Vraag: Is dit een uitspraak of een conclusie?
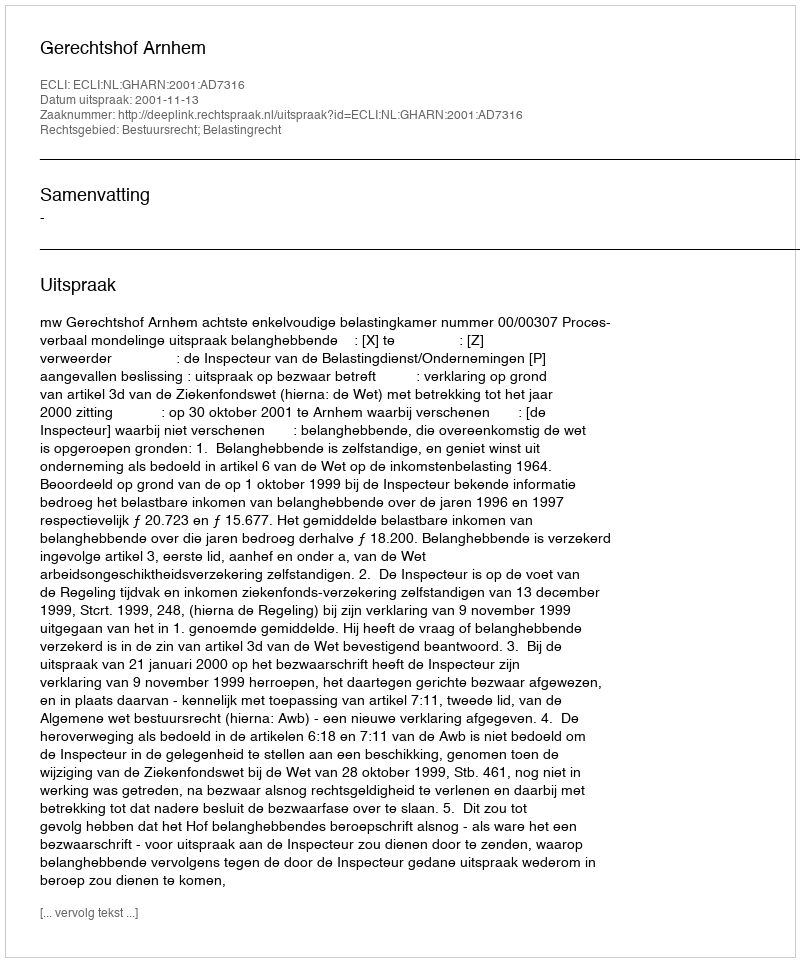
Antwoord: Uitspraak